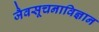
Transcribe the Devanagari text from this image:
जैवसूचनाविज्ञान